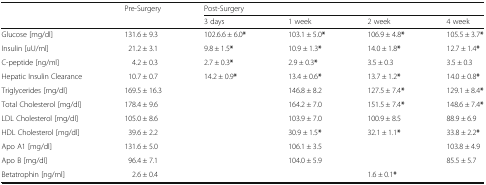
<table><thead><tr><td rowspan="2"></td><td rowspan="2"><b>Pre-Surgery</b></td><td colspan="4"><b>Post-Surgery</b></td></tr><tr><td><b>3 days</b></td><td><b>1 week</b></td><td><b>2 week</b></td><td><b>4 week</b></td></tr></thead><tbody><tr><td>Glucose [mg/dl]</td><td>131.6 ± 9.3</td><td>102.6.6 ± 6.0<b>*</b></td><td>103.1 ± 5.0<b>*</b></td><td>106.9 ± 4.8<b>*</b></td><td>105.5 ± 3.7<b>*</b></td></tr><tr><td>Insulin [uU/ml]</td><td>21.2 ± 3.1</td><td>9.8 ± 1.5<b>*</b></td><td>10.9 ± 1.3<b>*</b></td><td>14.0 ± 1.8<b>*</b></td><td>12.7 ± 1.4<b>*</b></td></tr><tr><td>C-peptide [ng/ml]</td><td>4.2 ± 0.3</td><td>2.7 ± 0.3<b>*</b></td><td>2.9 ± 0.3<b>*</b></td><td>3.5 ± 0.3</td><td>3.5 ± 0.3</td></tr><tr><td>Hepatic Insulin Clearance</td><td>10.7 ± 0.7</td><td>14.2 ± 0.9<b>*</b></td><td>13.4 ± 0.6<b>*</b></td><td>13.7 ± 1.2<b>*</b></td><td>14.0 ± 0.8<b>*</b></td></tr><tr><td>Triglycerides [mg/dl]</td><td>169.5 ± 16.3</td><td></td><td>146.8 ± 8.2</td><td>127.5 ± 7.4<b>*</b></td><td>129.1 ± 8.4<b>*</b></td></tr><tr><td>Total Cholesterol [mg/dl]</td><td>178.4 ± 9.6</td><td></td><td>164.2 ± 7.0</td><td>151.5 ± 7.4<b>*</b></td><td>148.6 ± 7.4<b>*</b></td></tr><tr><td>LDL Cholesterol [mg/dl]</td><td>105.0 ± 8.6</td><td></td><td>103.9 ± 7.0</td><td>100.9 ± 8.5</td><td>88.9 ± 6.9</td></tr><tr><td>HDL Cholesterol [mg/dl]</td><td>39.6 ± 2.2</td><td></td><td>30.9 ± 1.5<b>*</b></td><td>32.1 ± 1.1<b>*</b></td><td>33.8 ± 2.2<b>*</b></td></tr><tr><td>Apo A1 [mg/dl]</td><td>131.6 ± 5.0</td><td></td><td>106.1 ± 3.5</td><td></td><td>103.8 ± 4.9</td></tr><tr><td>Apo B [mg/dl]</td><td>96.4 ± 7.1</td><td></td><td>104.0 ± 5.9</td><td></td><td>85.5 ± 5.7</td></tr><tr><td>Betatrophin [ng/ml]</td><td>2.6 ± 0.4</td><td></td><td></td><td>1.6 ± 0.1<b>*</b></td><td></td></tr></tbody></table>